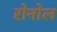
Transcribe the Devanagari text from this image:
रोनोल